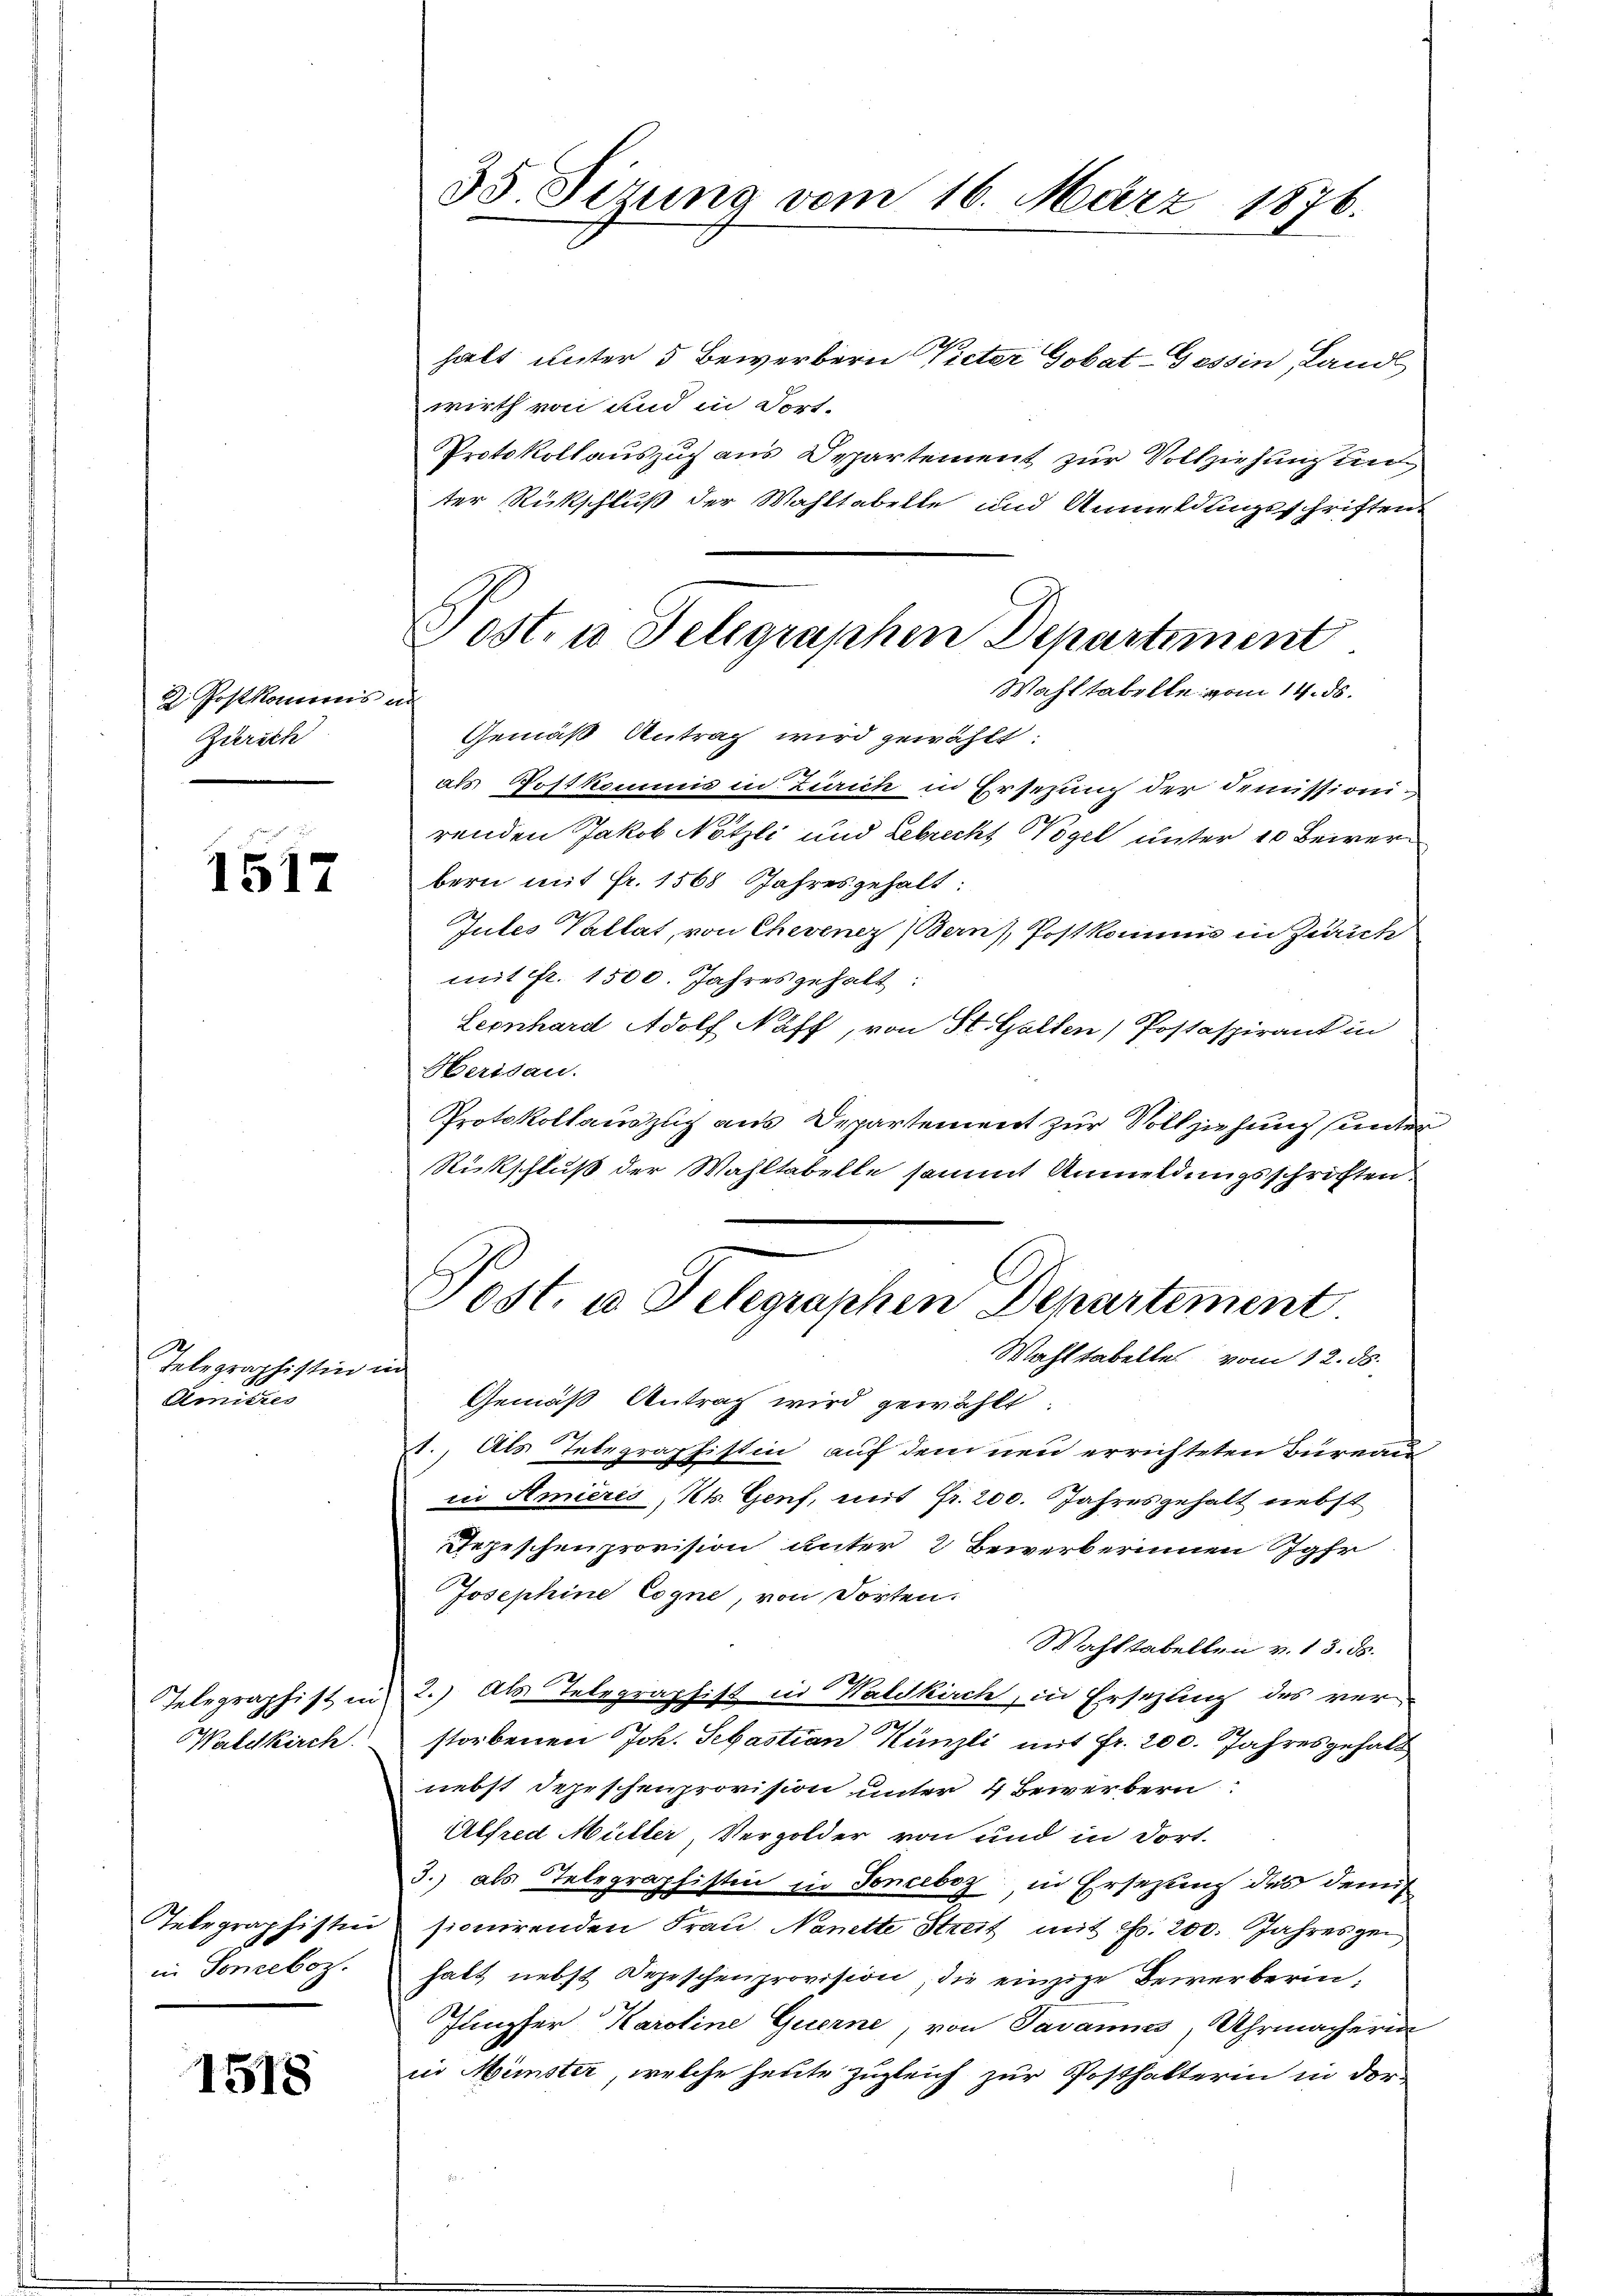
2. Postkompris ad
Zurech

1517

Telegraphistin u
Amitres

Telegraphist un
Waldkirch

Telegraphisti
in Soneboz.

1518

35 Sirung vom 16. März 1876.

halt unter 5 Bewerbern Vieter Gobat-Gessin, Land
wirth von und in Fort-
Protokollauszug aus Departement zur Vollziehung und
ter Rückschluß der Wahltabelle und Anmeldungsschriften
Gemäß Antrag wird gewählt:
als Postkommis in Zürich in Ersezung der Demissionirenden Jakob Nötzli und Lebrecht Wogel unter 20 Bewerbern mit Fr. 1568 Jahres gehalt:
Gutes Pallat, von Chevenez (Bern), Postkommis in Zürich
mit fr. 1500. Jahres gehalt:
Leonhard Adolf Näff, von St. Galten) Postaspirant in
Herisau.
Protokollauszug aus Departement zur Vollziehung (unter
Rückschluß der Wahltabelle sammt Anmeldungsschriften
Post. u. Telegraphen Departement
Wahltabelte vom 12. ds.
i
Gemäß Antrag wird gewählt.
1. Als Telegraphistin auf dem neu errichteten Bureau
in Amières, Kt. Genf, mit Fr. 200. Jahresgehalt nebst
Tepeschenprovision unter 2 Bewerberinnen Jahr
Josephine Cogne, von Torten.
Wahlstabellen v. 13. ds.
2.) Als Telegraphist in Waldkirch, in Ersezling des ver¬
7
storbenen Joh. Sebastian Künzli mit Fr. 200. Jahresgehalt
nebst Depeschenprovision unter 4 Bewerbern
Alfred Müller, Vergolder von und in dort.
3.) als Telegraphistin in Fonceboz in Ersatzung des damit
sionirenden Frau. Nanette Streit mit Fr. 200. Jahreszen
halt nebst Depeschenprovision, die einzige Bewerberin,
Jungfer Karoline Querne, von Javannes, Uhrmacherin
in Münster, welche heute zugleich zur Posthalterin in der

Post. u. Telegraphen Departiment
Wahltabelle vom 14. ds.